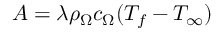
A = \lambda \rho _ { \Omega } c _ { \Omega } ( T _ { f } - T _ { \infty } )